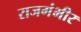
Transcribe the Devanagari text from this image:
राजगंभीर